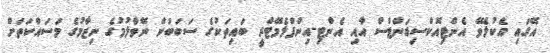
އޭގައި އެކުލެވޭ އެންޓިއޮކްސިޑަންޓްސް އާއި އެންޓި-އިންފްލެމޭޓްރީ ބައިތަކުގެ ސަބަބުން ނޭވާލުމުގެ ނިޒާމުގެ މަސައްކަތަށް